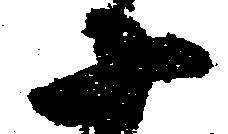
十